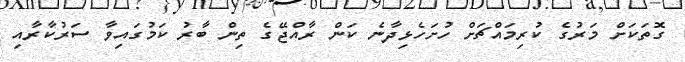
ގޮތަކަށް މަރުގެ ކުރިމައްޗަށް ހުށަހެޅިދާނެ ކަން ރާއްޖޭގެ ތިން ބާރު ކަމުގައިވާ ސަރުކާރާއި